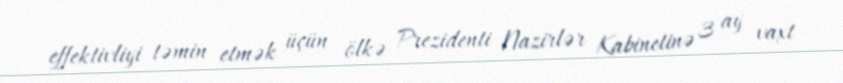
effektivliyi təmin etmək üçün ölkə Prezidenti Nazirlər Kabinetinə 3 ay vaxt